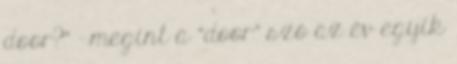
door?” – megint a “door” szó az év egyik